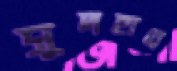
সুদহারে